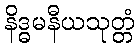
နိဒ္ဓမနီယသုတ္တံ